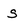
Character: S